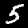
Label: 5